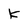
Character: k